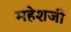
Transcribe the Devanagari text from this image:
महेशजी